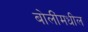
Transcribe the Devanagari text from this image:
बोलींमधील